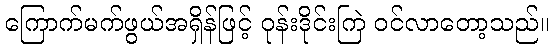
ကြောက်မက်ဖွယ်အရှိန်ဖြင့် ဝုန်းဒိုင်းကြဲ ဝင်လာတော့သည်။